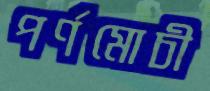
পর্ণমোচী